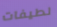
لطيفات